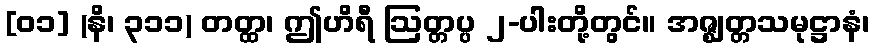
[၀၁] (နိ၊ ၃၁၁) တတ္ထ၊ ဤဟိရီ ဩတ္တပ္ပ ၂-ပါးတို့တွင်။ အဇ္ဈတ္တသမုဋ္ဌာနံ၊